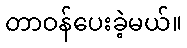
တာဝန်ပေးခဲ့မယ်။